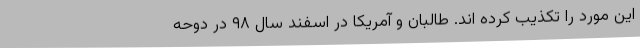
این مورد را تکذیب کرده اند. طالبان و آمریکا در اسفند سال ۹۸ در دوحه